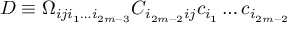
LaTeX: D \equiv \Omega _ { i j i _ { 1 } \dots i _ { 2 m - 3 } } C _ { i _ { 2 m - 2 } i j } c _ { i _ { 1 } } \dots c _ { i _ { 2 m - 2 } }